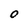
Character: O